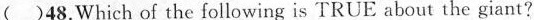
( )48.Which of the following is TRUE about the giant?